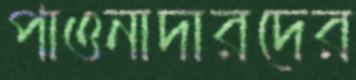
পাওনাদারদের